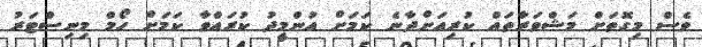
ވެސް މިގޮތަށް މަޝްވަރާތައް ކުރިއަށްދާނެ ކަމަށް އުންމީދު ކުރައްވާ ކަމަށް ހޯމް މިނިސްޓަރު